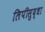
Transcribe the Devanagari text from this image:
लिपीसुद्धा